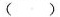
( )